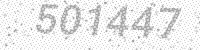
Solution: 501447